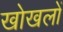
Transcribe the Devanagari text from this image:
खोखलों